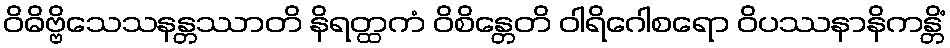
ဝိဓိဗ္ဗိသေသနန္တဿာတိ နိရတ္ထကံ ဝိစိန္တေတိ ဝါရိဂေါစရော ဝိပဿနာနိကန္တိံ